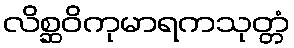
လိစ္ဆဝိကုမာရကသုတ္တံ